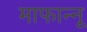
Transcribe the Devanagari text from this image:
माफान्नू